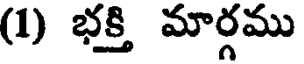
(1) భక్తి మార్గము